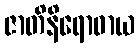
ဇာတိနိရောဓာယ